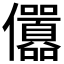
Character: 𠑪